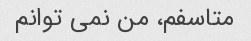
متاسفم، من نمی توانم